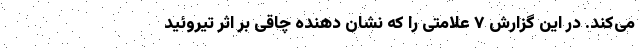
می‌کند. در این گزارش ۷ علامتی را که نشان دهنده چاقی بر اثر تیروئید